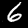
Digit: 6